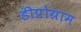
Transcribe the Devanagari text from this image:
डीप्रोग्राम